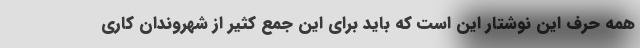
همه حرف این نوشتار این است که باید برای این جمع کثیر از شهروندان کاری